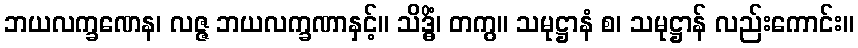
ဘယလက္ခဏေန၊ လဇ္ဇ ဘယလက္ခဏာနှင့်။ သိဒ္ဓိံ၊ တကွ။ သမုဋ္ဌာနံ စ၊ သမုဋ္ဌာန် လည်းကောင်း။